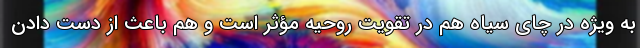
به ویژه در چای سیاه هم در تقویت روحیه مؤثر است و هم باعث از دست دادن